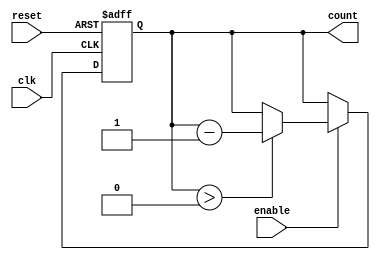
module memory_blocks_down_counter #(
    parameter N = 8 // Maximum count value (can be changed as needed)
)(
    input wire clk,        // Clock signal
    input wire reset,      // Asynchronous reset signal
    input wire enable,     // Enable signal for counting
    output reg [N-1:0] count // Current count value
);

    // Initial value of the counter
    initial begin
        count = N; // Initialize counter to N
    end

    // Asynchronous reset and counting logic
    always @(posedge clk or posedge reset) begin
        if (reset) begin
            count <= N; // Reset counter to N
        end else if (enable) begin
            if (count > 0) begin
                count <= count - 1; // Decrement counter if greater than zero
            end
        end
    end

endmodule